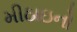
મીઠાઇનો